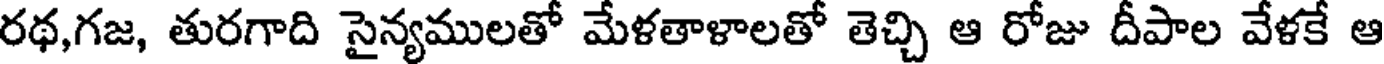
రథ,గజ, తురగాది సైన్యములతో మేళతాళాలతో తెచ్చి ఆ రోజు దీపాల వేళకే ఆ